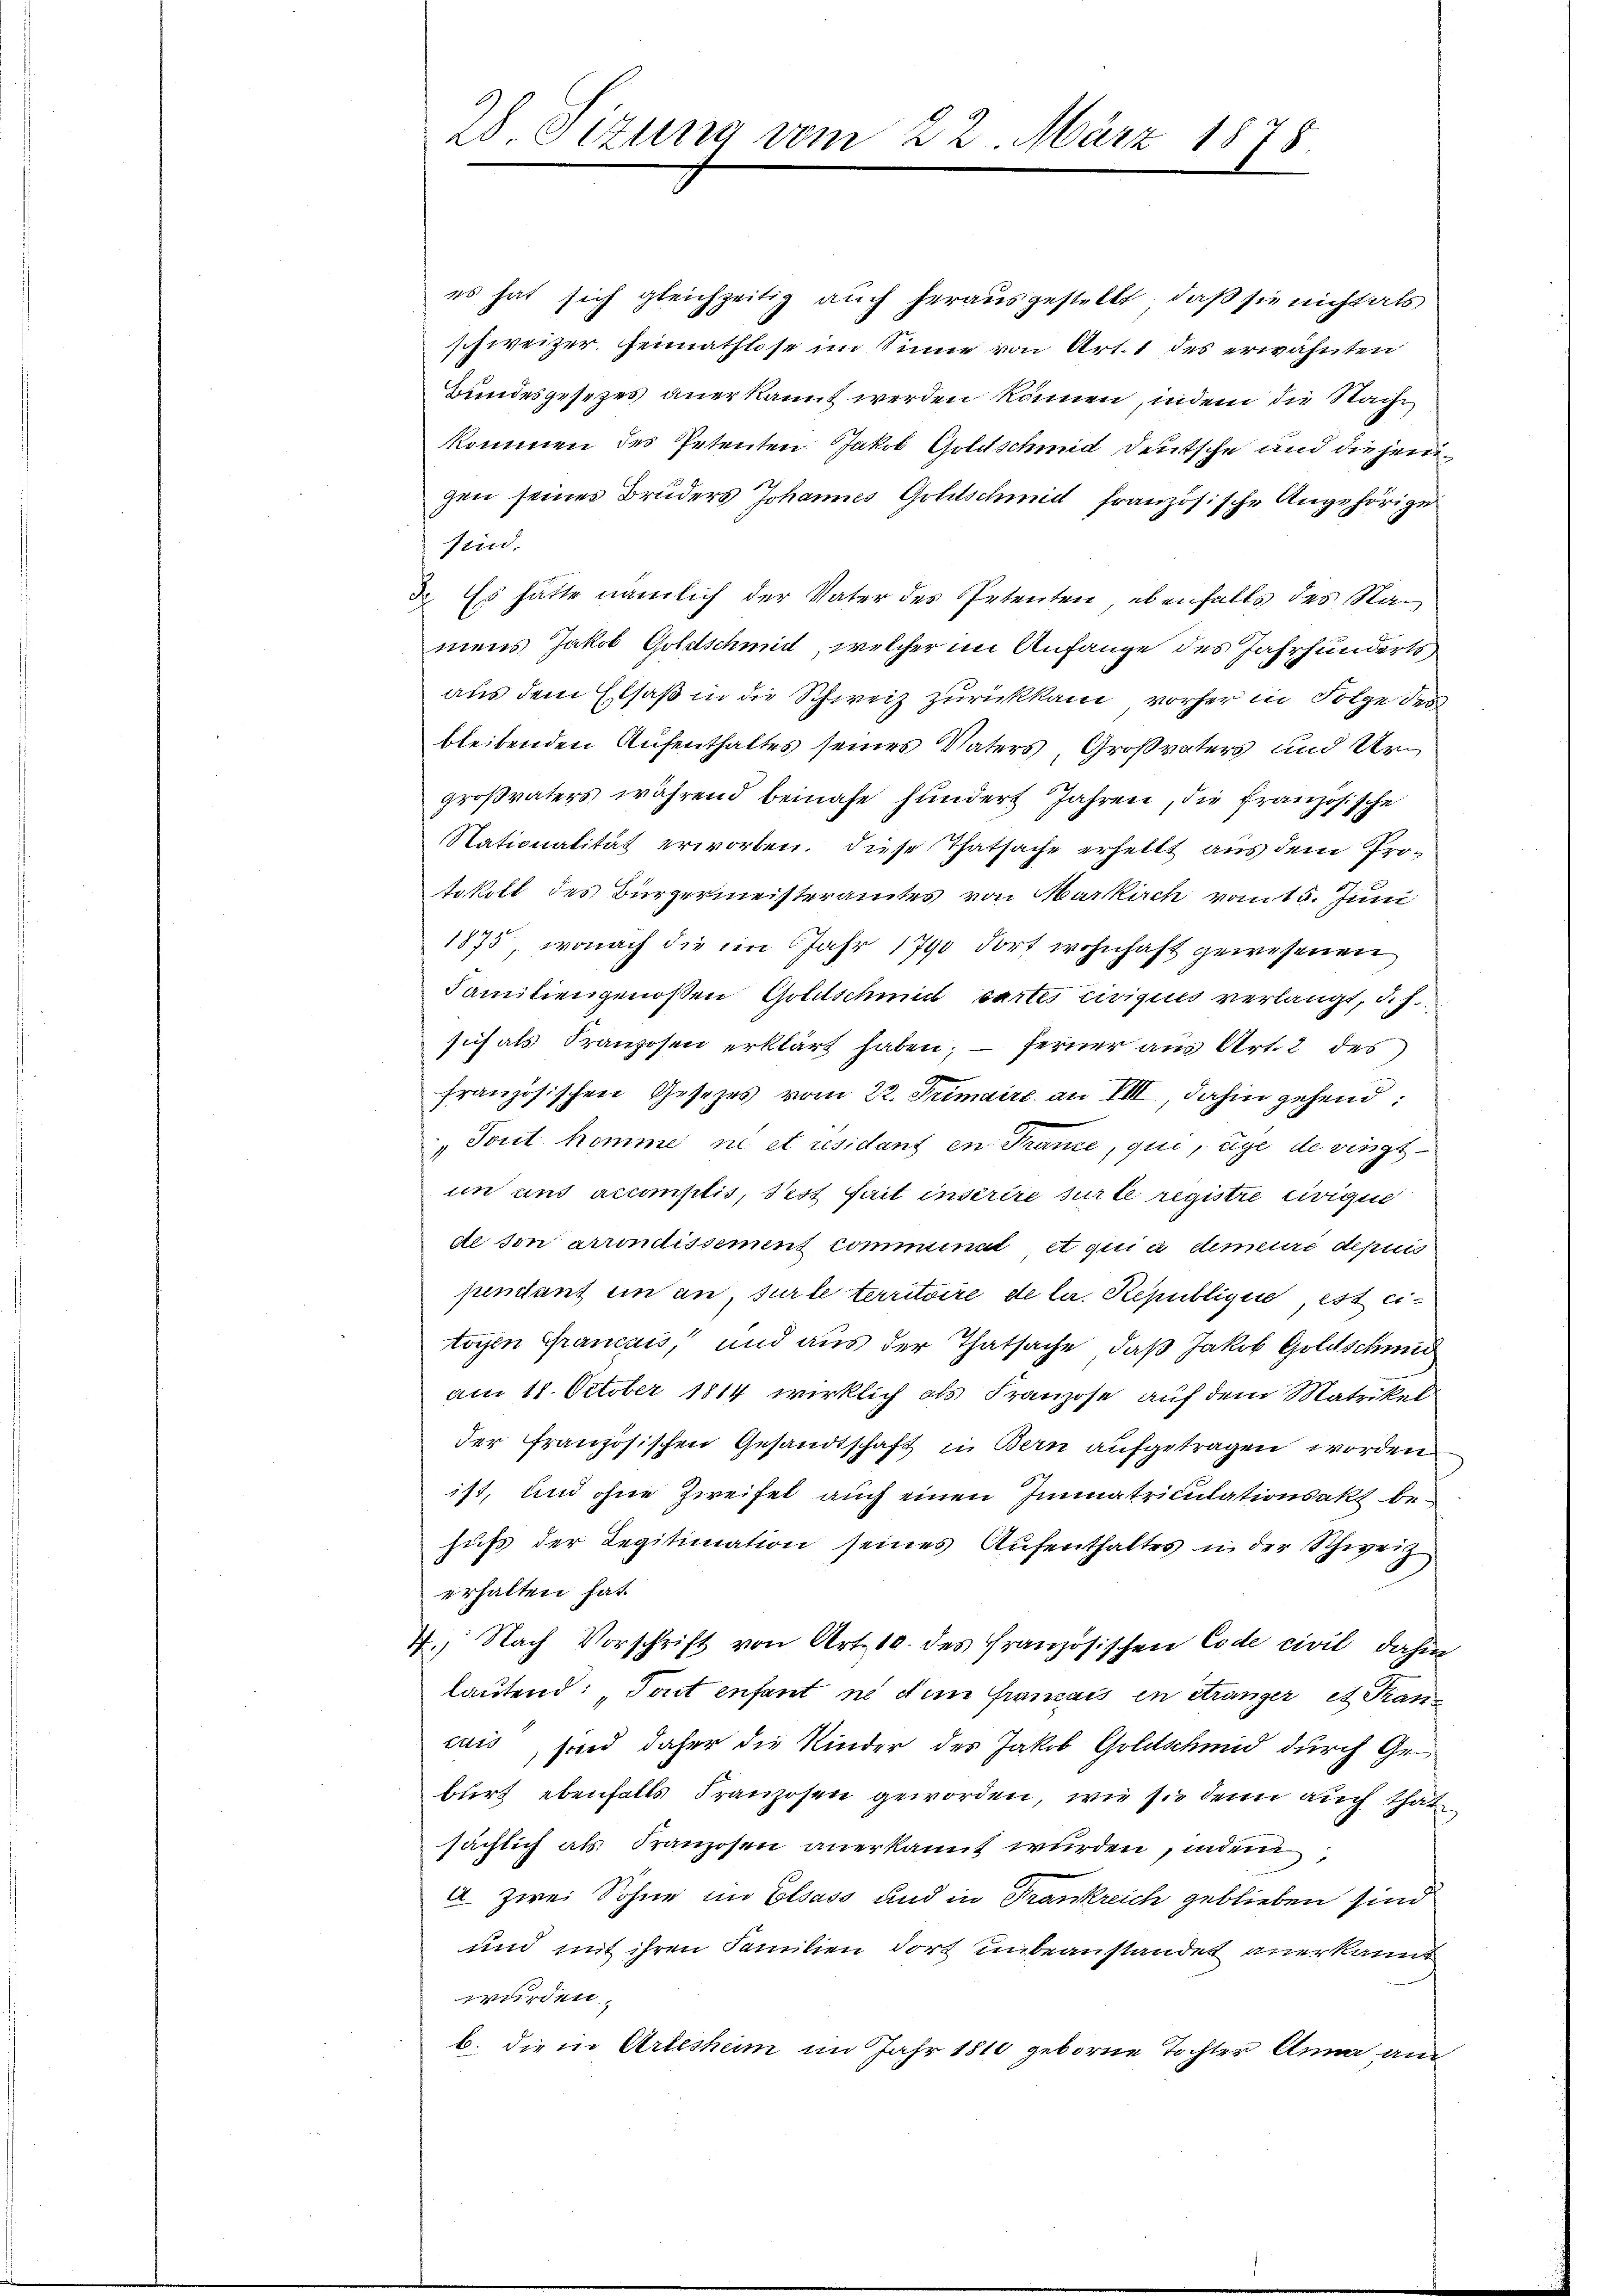
28. Sizung vom 22. März 1878

es hat sich gleichzeitig auch herausgestellt, daß sie nicht als
schweizer, Heimathlose im Sinne von Art. 1 des erwähnten
Bundesgesezes anerkannt werden können, indem die Sache
kommen des Petenten Jakob Goldschmid Deutsche und die jeweigen seines Bruders Johannes Goldschmidt französische Angehörige
sind.
d. Es hätte nämlich der Vater des Petenten, ebenfalls des Namens Jakob Goldschmidt, welcher im Anfange des Jahrhunderts
aus dem Elsaß in die Schweiz zurückkam, vorher in Folge des
bleibenden Aufenthaltes seines Vaters, Großvaters und Urgroßvaters während beinahe hundert Jahren, die französische
Nationalität erworten. Diese Thatsache erhellt aus dem Protokoll des Bürgermeisteramtes von Markirch vom 5. Juni
1875, wonach die im Jahr 1790 dort wohnhaft gewesenen
Familiengenoßen Goldschmidt cartes civigues verlangt, d.h.
sich als Franzosen erklärt haben; — ferner aus Art. 2 des
französischen Gesetzes vom 22. Tumaire an VIII, dahin gehend
„Tout homme ne et residant en France, qui, üge de vingt
im uns accomptis, Pest fait insérire sur le registre civigi
de von arrondissement comminat et quia demeure depuis
pendant ein an sur le territoire de lar. Republique, es eitoyen Grancais, und aus der Thatsache, daß Jakob Goldschmid
am 18. October 1814 wirklich als Franzose auf dem Matrikel
der französischen Gesandtschaft in Bern aufgetragen worden
ist, und ohne Zweifel auch einen Immatriculationsakt behufs der Legitimation seines Aufenthaltes in der Schweiz
erhalten hat.
4. Nach Vorschrift von Art. 10. des französischen Code civil dahin
lautend: „Tout enfant ne dem Gramais in Stranger et Francuis, sind daher die Kinder des Jakob Goldschmid durch Geburt ebenfalls Franzosen geworden, wie sie denn auch that
sächlich als Franzosen anerkannt wurden, indem
A Zwei Sohne im Elsass und in Frankreich geblieben sind
und mit ihren Familien dort unbeanstandet anerkannt
wurden,
b. die in Arleshum im Jahr 1810 geborne Tochter Anna au